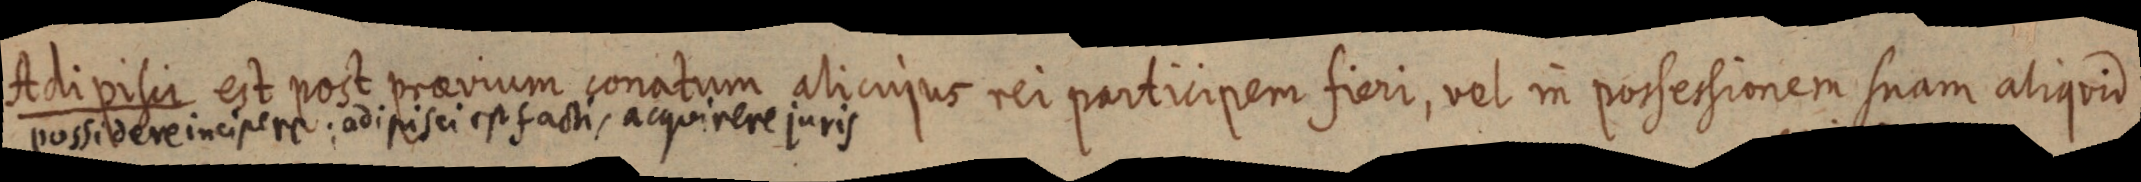
Adipisit est post praevium conatum alicujus rei participatem fieri, vel in possesionem suam aliquid